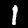
Digit: 1